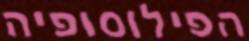
הפילוסופיה